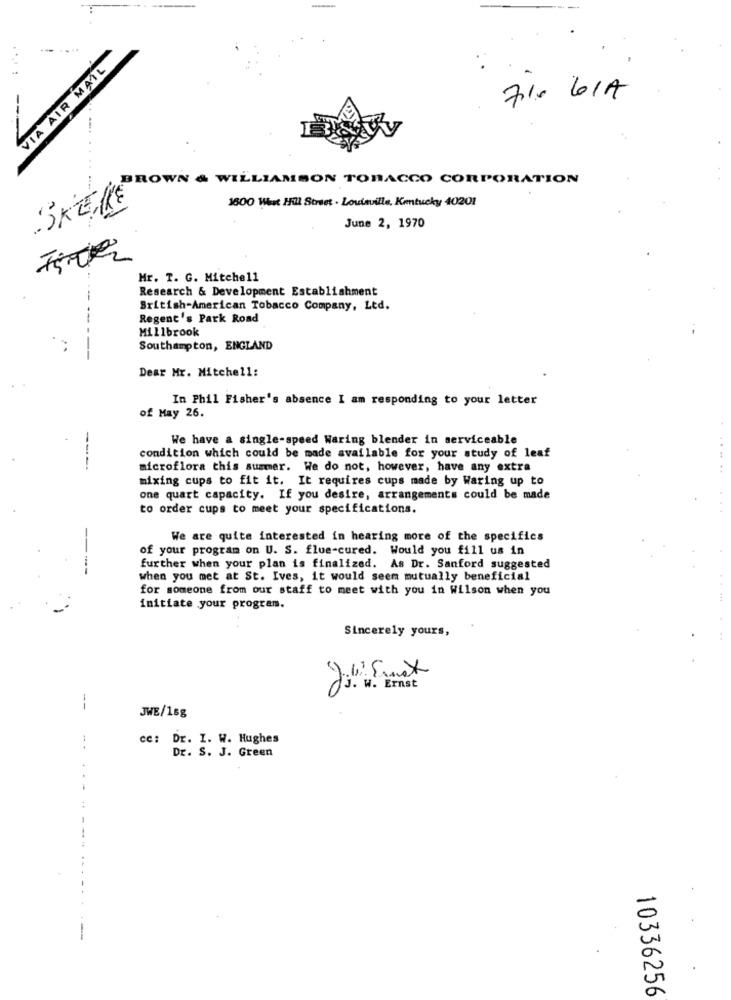
VIA AIR MAIL
7%- 6/A
... ...
BROWN & WILLIAMSON TOBACCO CORPORATION
3600 Was Hill Street . Louisville, Kentucky 40201
SKE,KE
June 2, 1970
Mr. T. G. Mitchell
Research & Development Establishment
--
British-American Tobacco Company, Ltd.
--
Regent's Park Road
Millbrook
--
Southampton, ENGLAND
Dear Mr. Mitchell:
In Phil Fisher's absence I am responding to your letter
of May 26.
We have a single-speed Waring blender in serviceable
condition which could be made available for your study of leaf
----
microflora this summer. We do not, however, have any extra
mixing cups to fit it. It requires cups made by Waring up to
one quart capacity. If you desire, arrangements could be made
to order cups to meet your specifications.
We are quite interested in hearing more of the specifics
of your program on U. S. flue-cured. Would you fill us in
---
further when your plan is finalized. As Dr. Sanford suggested
when you met at St. Ives, it would seem mutually beneficial
for someone from our staff to meet with you in Wilson when you
initiate your program.
Sincerely yours,
J. W. Ernst
--
JWE/15g
cc: Dr. I. W. Hughes
Dr. S. J. Green
10336256